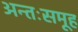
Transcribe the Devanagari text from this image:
अन्तःसमूह